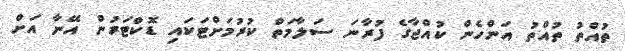
ތުއްތު ތުއްތު އަންހެން ކުއްޖާގެ ފުރާނަ ސަލާމަތް ކުރުމަށްޓަކައި ޑޮކްޓަރުން އޭނާ އަށް